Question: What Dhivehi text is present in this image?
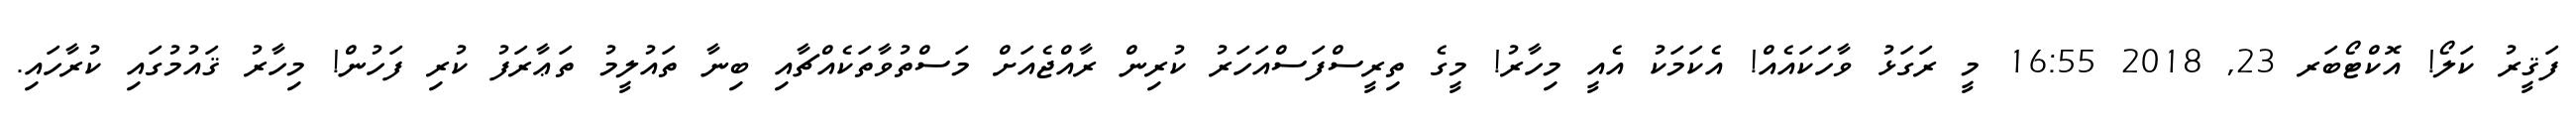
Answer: ފަޤީރު ކަލޯ! އޮކްޓޯބަރ 23, 2018 16:55 މީ ރަގަޅު ވާހަކައެއް! އެކަމަކު އެއީ މިހާރު! މީގެ ތިރީސްފަސްއަހަރު ކުރިން ރާއްޖެއަށް މަސްތުވާތަކެއްޗާއި ބިނާ ތައުލީމު ތަޢާރަފު ކުރި ފަހުން! މިހާރު ޤައުމުގައި ކުރާހައި.